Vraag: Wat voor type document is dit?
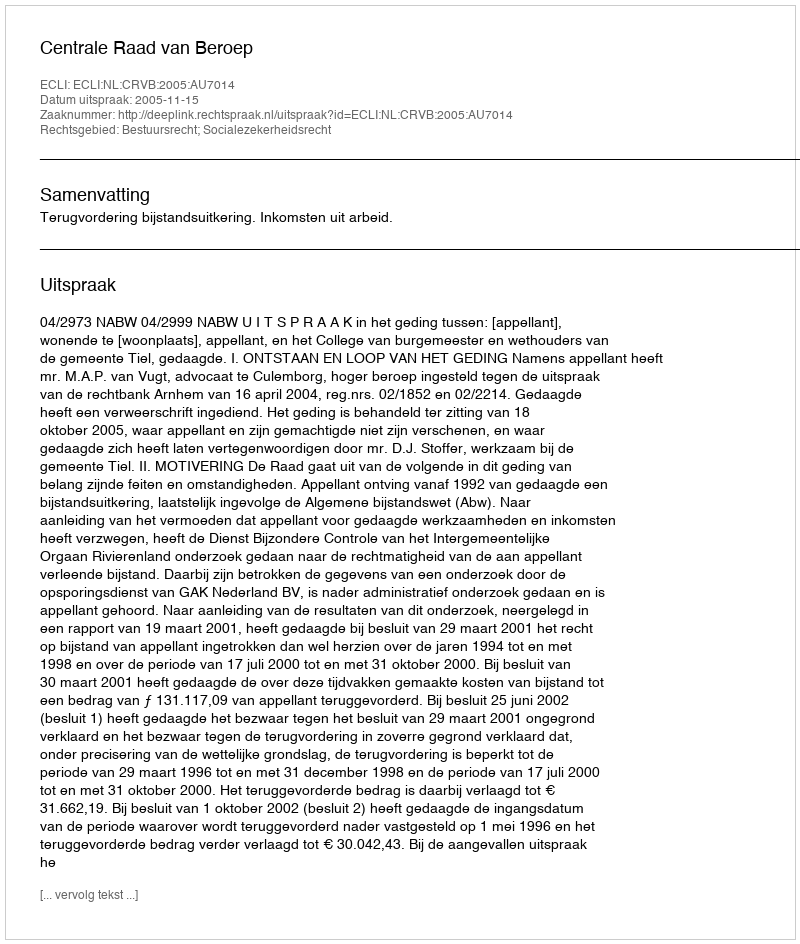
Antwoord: Uitspraak